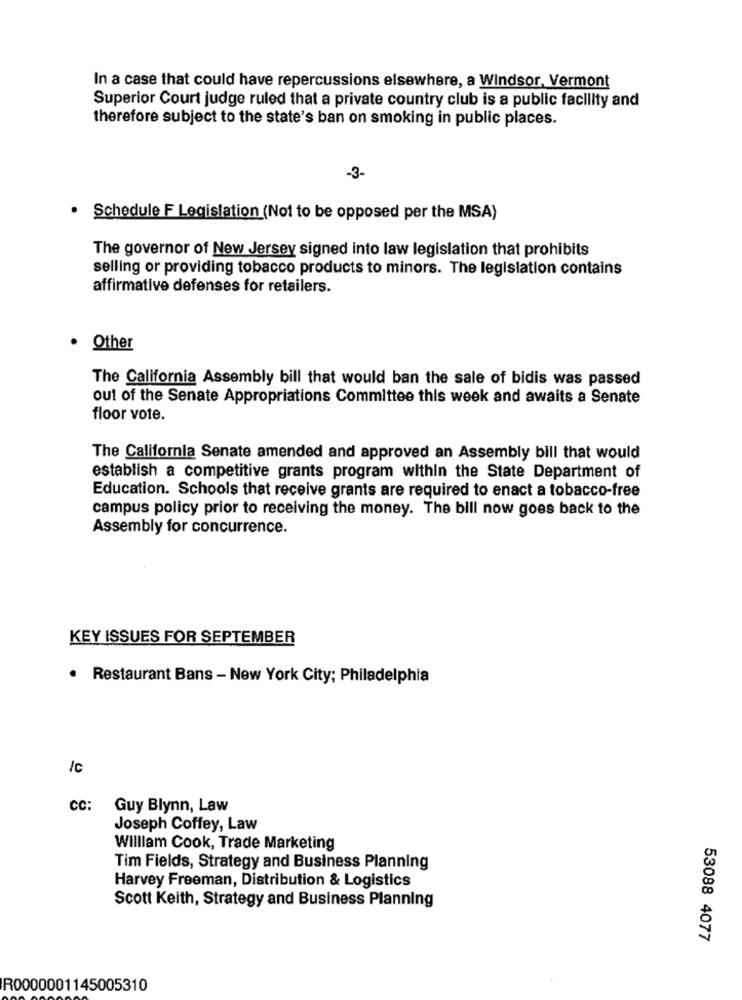
In a case that could have repercussions elsewhere, a Windsor, Vermont
Superior Court judge ruled that a private country club is a public facility and
therefore subject to the state's ban on smoking in public places.
-3-
· Schedule F Legislation (Not to be opposed per the MSA)
The governor of New Jersey signed into law legislation that prohibits
selling or providing tobacco products to minors. The legislation contains
affirmative defenses for retailers.
Other
The California Assembly bill that would ban the sale of bidis was passed
out of the Senate Appropriations Committee this week and awaits a Senate
floor vote.
The California Senate amended and approved an Assembly bill that would
establish a competitive grants program within the State Department of
Education. Schools that receive grants are required to enact a tobacco-free
campus policy prior to receiving the money. The bill now goes back to the
Assembly for concurrence.
KEY ISSUES FOR SEPTEMBER
.
Restaurant Bans - New York City; Philadelphia
/c
CC:
Guy Blynn, Law
Joseph Coffey, Law
William Cook, Trade Marketing
Tim Fields, Strategy and Business Planning
Harvey Freeman, Distribution & Logistics
Scott Keith, Strategy and Business Planning
53088 4077
R0000001145005310